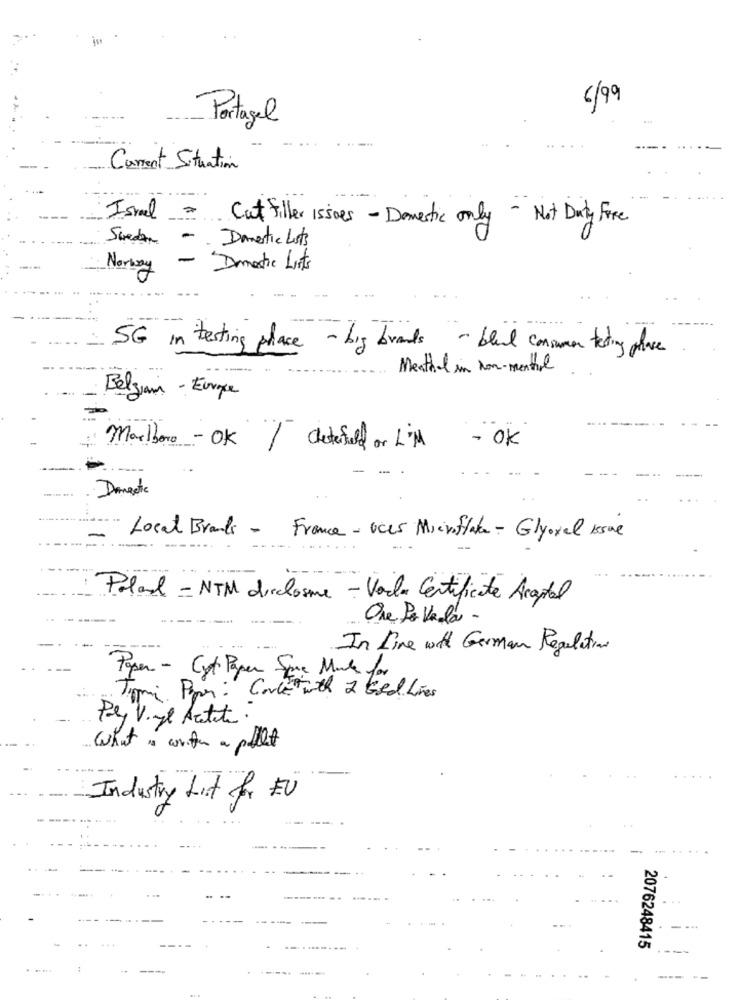
6/99
Portagel
Current Situation
Israel
Cut filler issoes - Domestic only - Not Duty Free
Sweden - Domestic Lots
Norway
- Domestic Lists
SG in testing place - big brands - blue consumer testing phase
Meathal in Non-menthal
Belgian - Europe
- OK
Marlboro - OK / Chesterfield or L'M
...: Local Brands - France - oces Microflate - Glyoxal Isue
Pala - NTM direlosme - Varla Certificate Acasal
Ore Po Vedla -
In Line with German Regulation
Paper - Cut Paper Spre Mute for
Pey V. yl Acetate
What is write a pellet
Industry Lust for EU
-- -
---
2076248415
----
---
--